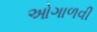
ઓગાળવી